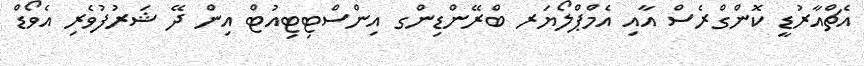
އެޗްއާރުޑީ ކޮންގްރެސް އާއި އެމްޕްލޯޔަރ ބްރޭންޑިންގ އިންސްޓިޓިއުޓް އިން ދޭ ޝަރުފުވެރި އެވޯޑް